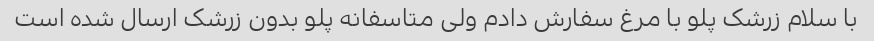
با سلام زرشک پلو با مرغ سفارش دادم ولی متاسفانه پلو بدون زرشک ارسال شده است